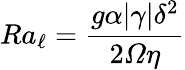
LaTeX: Ra_{\ell}=\frac{g\alpha|\gamma|\delta^{2}}{2\varOmega\eta}